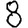
Digit: 8